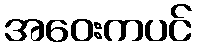
အဝေးကပင်